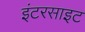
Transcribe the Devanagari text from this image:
इंटरसाइट